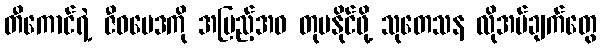
တီကောင်ရဲ့ ဇီဝဗေဒကို အပြည့်အဝ တုပနိုင်ဖို့ သုတေသန လိုအပ်ချက်တွေ